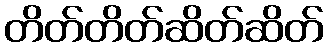
တိတ်တိတ်ဆိတ်ဆိတ်